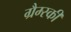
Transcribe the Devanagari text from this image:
ग्रैम्स्की